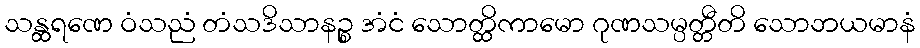
သန္ထရဏေ ဝံသညံ တံသဒိသာနဉ္စ အံငံ သောတ္ထိကာမော ဂုဏသမ္ပတ္တီတိ သောဘယမာနံ